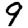
Digit: 9